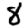
Digit: 8